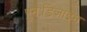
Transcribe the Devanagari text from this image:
पुनःडिजाइन